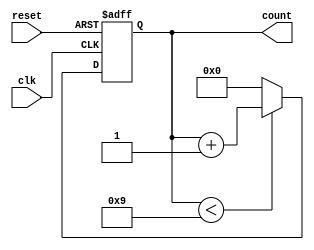
module bcd_counter (
    input wire clk,          // Clock signal
    input wire reset,        // Asynchronous reset signal
    output reg [3:0] count   // 4-bit output representing the current BCD count
);

// Always block for sequential logic
always @(posedge clk or posedge reset) begin
    if (reset) begin
        count <= 4'b0000;   // Reset count to 0
    end else begin
        // Increment count if it's less than 9
        if (count < 4'b1001) begin
            count <= count + 1;
        end else begin
            count <= 4'b0000; // Reset count to 0 if it reaches 9
        end
    end
end

endmodule